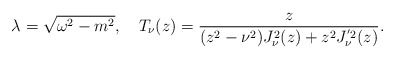
\begin{align*}\lambda =\sqrt{\omega ^{2}-m^{2}},\quad T_{\nu}(z)=\frac{z}{(z^{2}-\nu ^{2})J_{\nu }^{2}(z)+z^{2}J_{\nu}^{'2}(z)}. \end{align*}